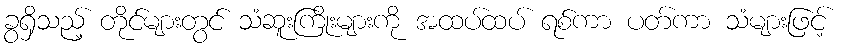
ခွရှိသည့် တိုင်များတွင် သံဆူးကြိုးများကို အထပ်ထပ် ရစ်ကာ ပတ်ကာ သံများဖြင့်